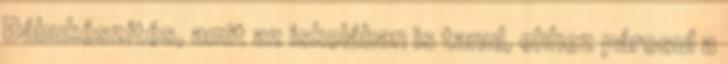
Bábukészítés, amit az iskolában is tanul, ehhez párosul a